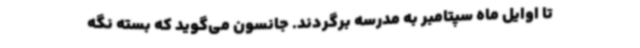
تا اوایل ماه سپتامبر به مدرسه برگردند. جانسون می‌گوید که بسته نگه